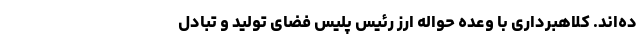
ده‌اند. کلاهبرداری با وعده حواله ارز رئیس پلیس فضای تولید و تبادل